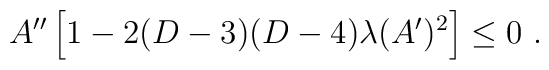
A^{\prime\prime}\left[1-2(D-3)(D-4)\lambda(A^\prime)^2\right]\leq 0~.